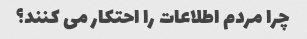
چرا مردم اطلاعات را احتکار می کنند؟